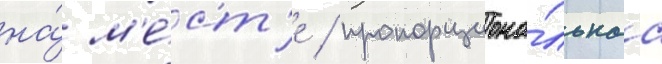
на́ м'е́ст'е / пропорциона́льнаа